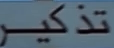
تذْكِير